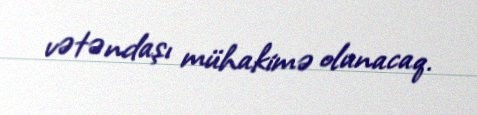
vətəndaşı mühakimə olunacaq.